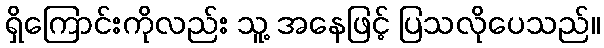
ရှိကြောင်းကိုလည်း သူ့ အနေဖြင့် ပြသလိုပေသည်။